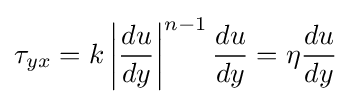
\tau _{yx}=k\left|{\frac {du}{dy}}\right|^{n-1}{\frac {du}{dy}}=\eta {\frac {du}{dy}}